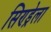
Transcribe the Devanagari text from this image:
सिण्ड्रेला